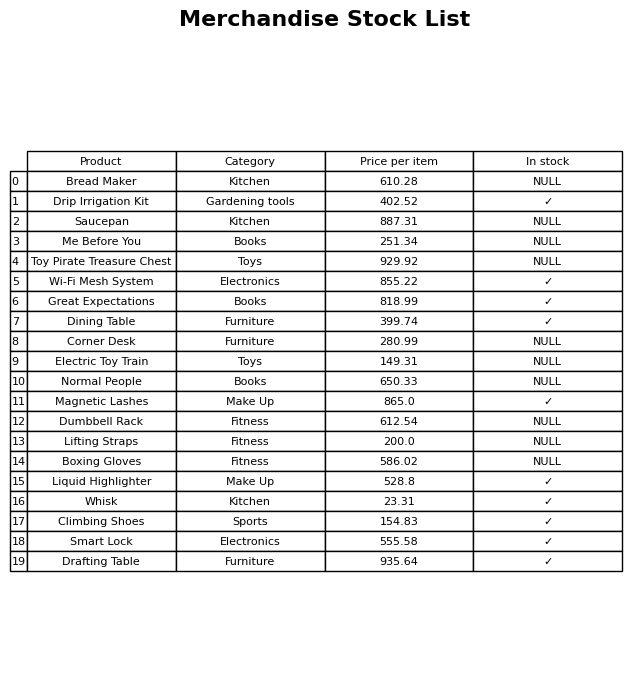
question: What is the price for Dumbbell Rack?
answer: The price of Dumbbell Rack is 612.54.